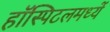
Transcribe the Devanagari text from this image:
हॉस्पिटलमध्यें